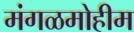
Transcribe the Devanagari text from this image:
मंगळमोहीम